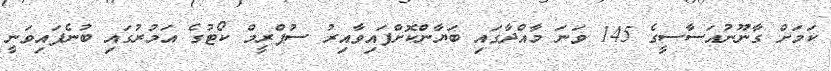
ކަމަށް ގާނޫނުއަސާސީގެ 145 ވަނަ މާއްދާގައި ބަޔާންކޮށްފައިވާއިރު ސުޕްރީމް ކޯޓުގެ އަމުރުގައި ބުނެފައިވަނީ